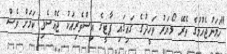
"ހަމަނުޖެހުމުގެ ތެރޭ ލޯޔަރު ވަހީދުގެ ގައިގައި ޕާޓީގެ އިސްވެރިއަކު ޖެއްސެވި ކަމަށް ވެސް